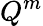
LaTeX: Q^{m}